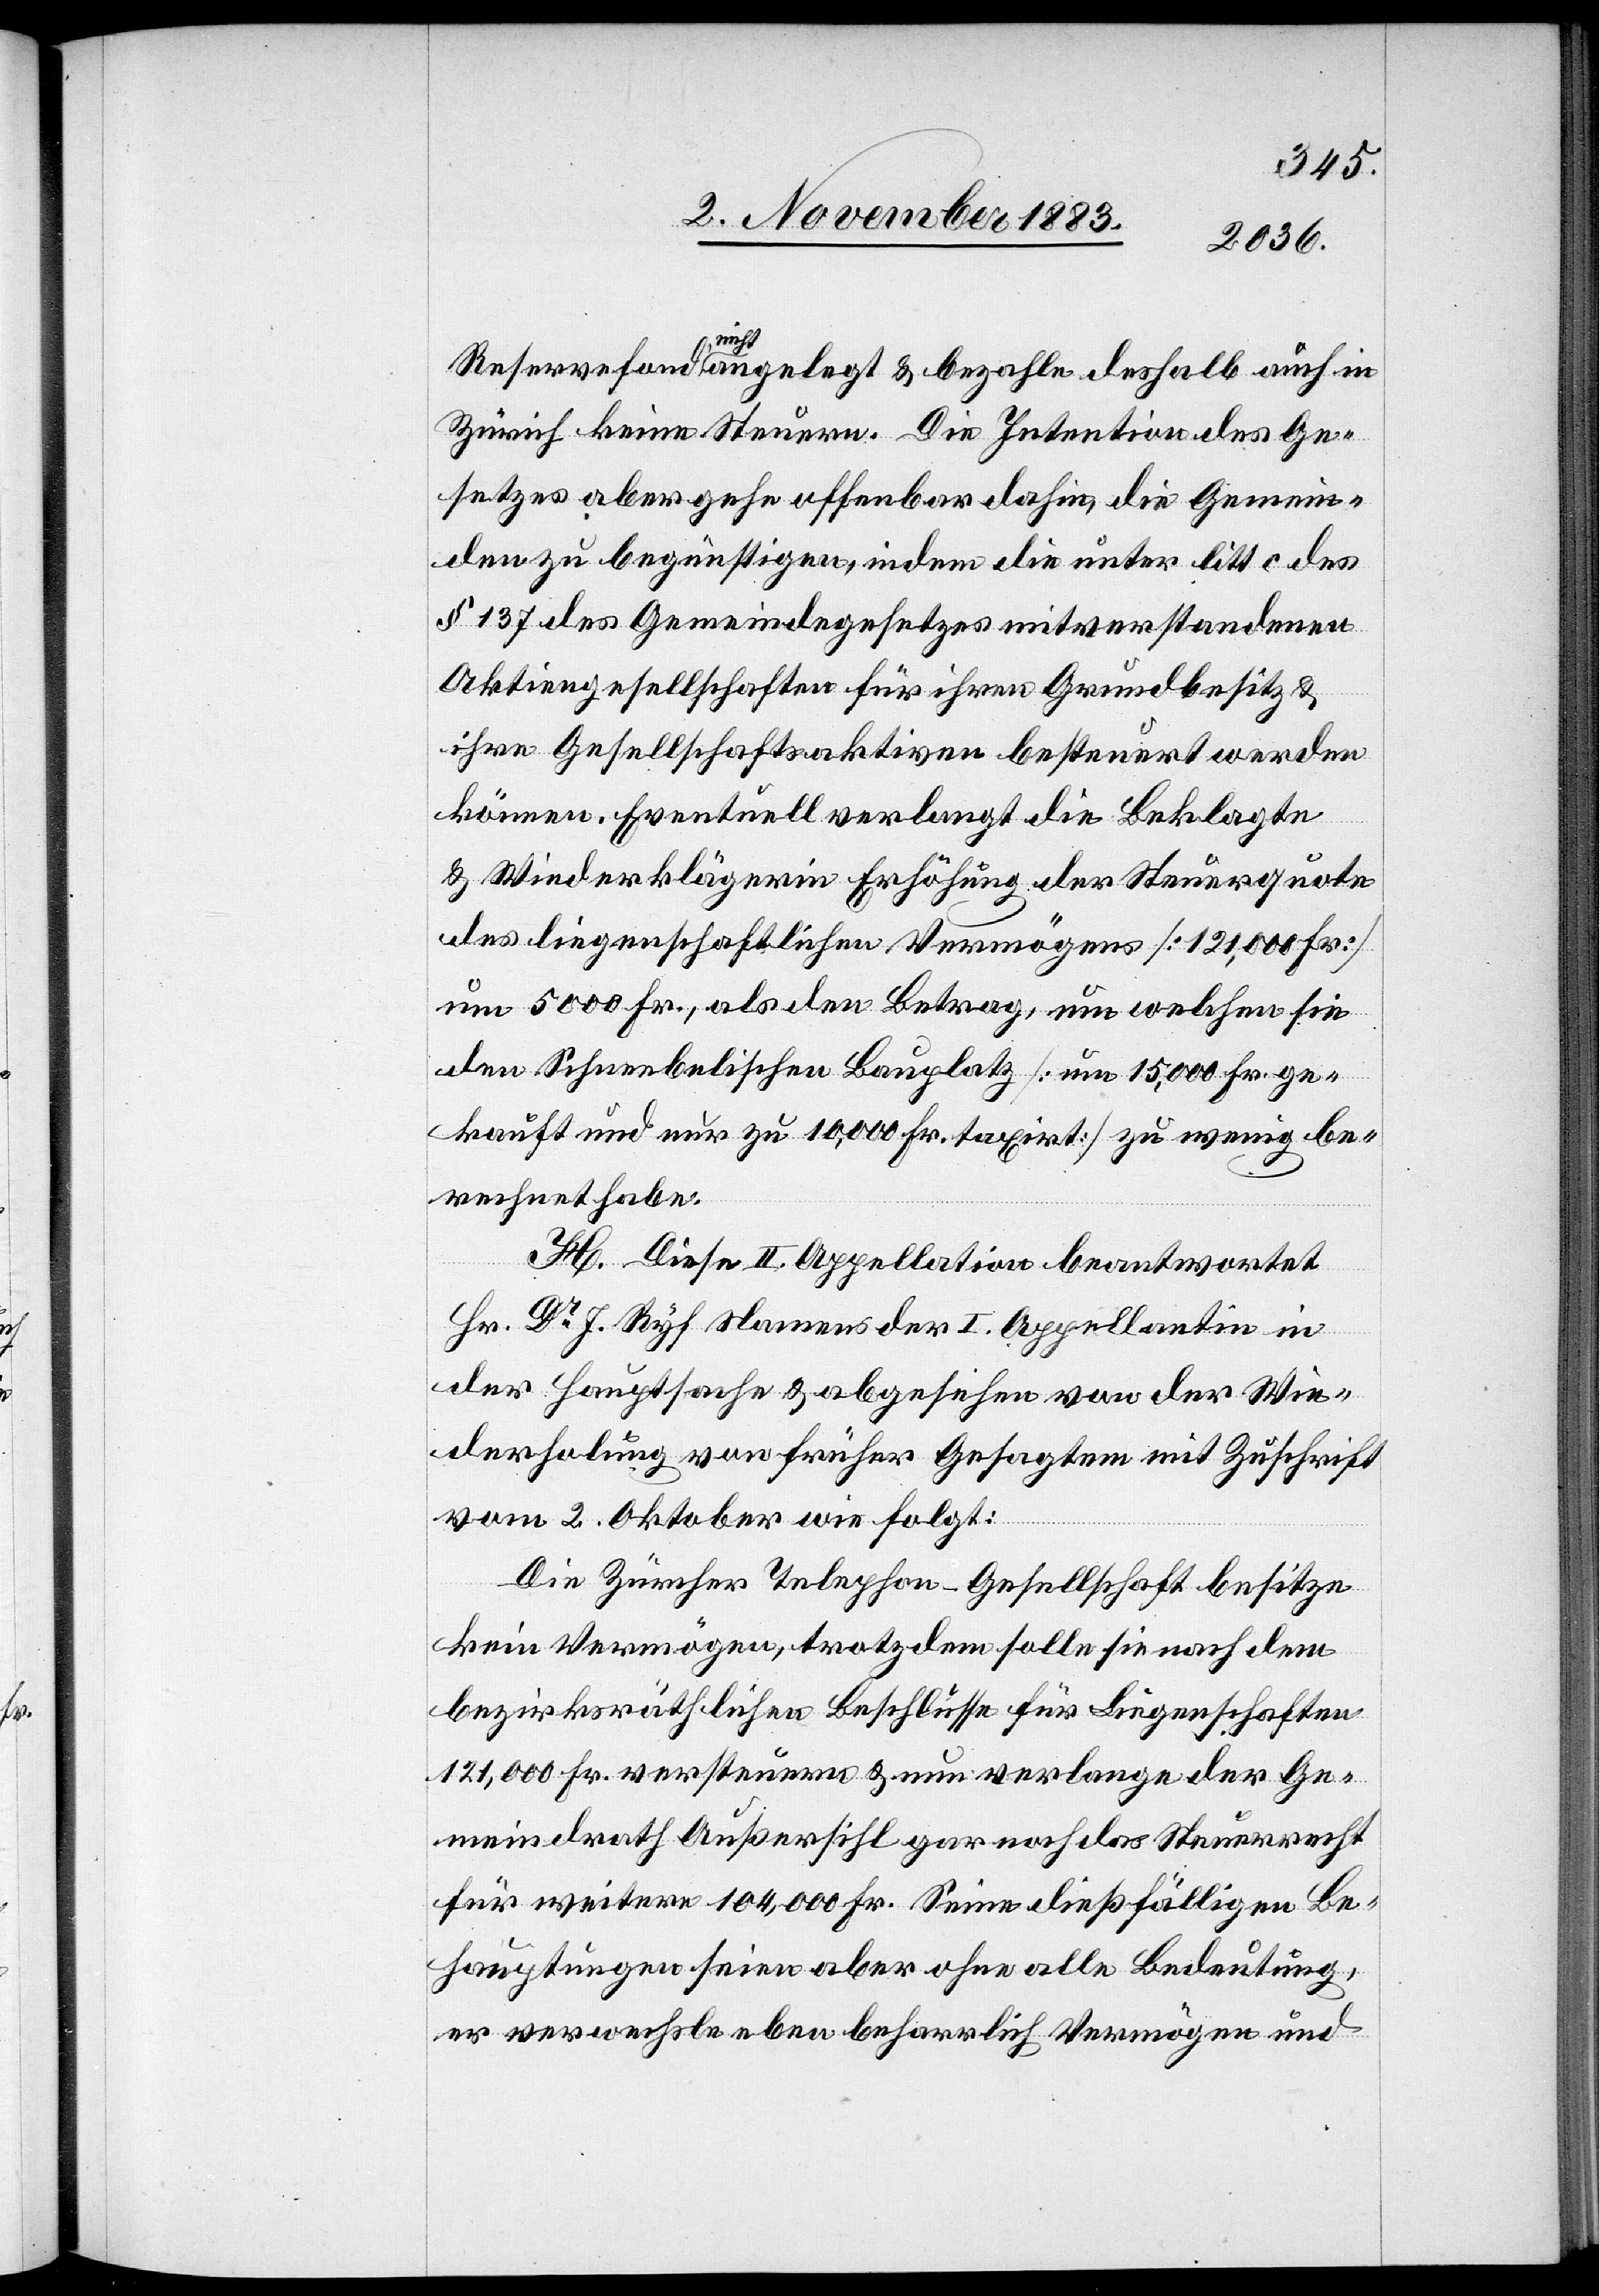
Reservefond nicht angelegt & bezahle deshalb auch in
Zürich keine Steuern. Die Intention des Ge¬
setzes aber gehe offenbar dahin, die Gemein¬
den z begünstigen, indem die unter litt. c des
§ 137 des Gemeindegesetzes mit verstandenen
Aktiengesellschaften für ihren Grundbesitz &
ihre Gesellschaftsaktiven besteuert werden
können. Eventuell verlangt die Beklagte
& Wiederklägerin Erhöhung der Steuerquote
des liegenschaftlichen Vermögens [121,000 Fr.]
um 5000 Fr., als den Betrag, um welchen sie
den Schneebelischen Bauplatz [um 15,000 Fr. ge¬
kauft und nur zu 10,000 Fr. taxirt] zu wenig be¬
rechnet habe.
H. Diese II. Appellation beantwortet
Hr. Dr J. Ryf Namens der I. Appellantin in
der Hauptsache & abgesehen von der Wie¬
derholung von früher Gesagtem mit Zuschrift
vom 2. Oktober wie folgt:
Die Zürcher Telephon-Gesellschaft besitze
kein Vermögen, trotzdem solle sie nach dem
bezirksräthlichen Beschlusse für Liegenschaften
121,000 Fr. versteuern & nun verlange der Ge¬
meindrath Außersihl gar noch das Steuerrecht
für weitere 104,000 Fr. Seine dießfälligen Be¬
hauptungen seien aber ohne alle Bedeutung,
er verwechsle eben beharrlich Vermögen und